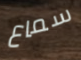
سماع